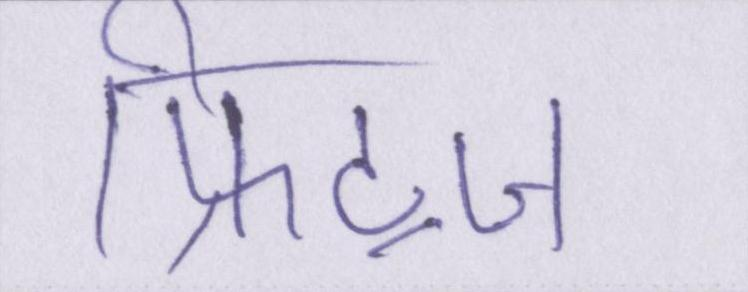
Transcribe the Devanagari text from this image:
फ्रिट्ज